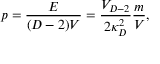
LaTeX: p = { \frac { E } { ( D - 2 ) V } } = { \frac { V _ { D - 2 } } { 2 \kappa _ { D } ^ { 2 } } } { \frac { m } { V } } ,